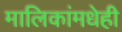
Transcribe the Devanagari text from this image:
मालिकांमधेही